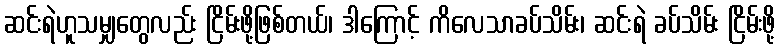
ဆင်းရဲဟူသမျှတွေလည်း ငြိမ်းဖို့ဖြစ်တယ်၊ ဒါကြောင့် ကိလေသာခပ်သိမ်း၊ ဆင်းရဲ ခပ်သိမ်း ငြိမ်းဖို့